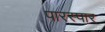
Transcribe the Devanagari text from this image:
पारस्पार